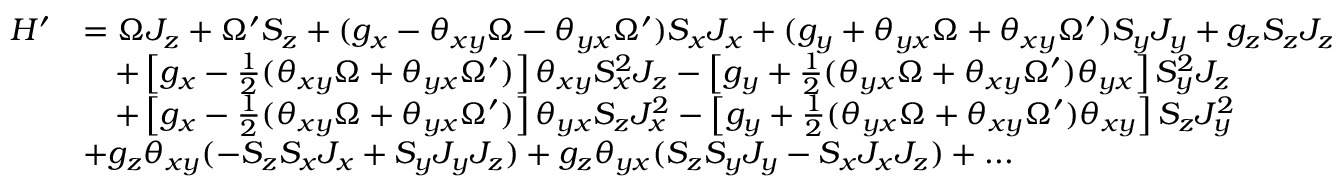
\begin{array} { r l } { H ^ { \prime } } & { = \Omega J _ { z } + \Omega ^ { \prime } S _ { z } + ( g _ { x } - \theta _ { x y } \Omega - \theta _ { y x } \Omega ^ { \prime } ) S _ { x } J _ { x } + ( g _ { y } + \theta _ { y x } \Omega + \theta _ { x y } \Omega ^ { \prime } ) S _ { y } J _ { y } + g _ { z } S _ { z } J _ { z } } \\ & { \quad + \left[ g _ { x } - \frac { 1 } { 2 } ( \theta _ { x y } \Omega + \theta _ { y x } \Omega ^ { \prime } ) \right] \theta _ { x y } S _ { x } ^ { 2 } J _ { z } - \left[ g _ { y } + \frac { 1 } { 2 } ( \theta _ { y x } \Omega + \theta _ { x y } \Omega ^ { \prime } ) \theta _ { y x } \right] S _ { y } ^ { 2 } J _ { z } } \\ & { \quad + \left[ g _ { x } - \frac { 1 } { 2 } ( \theta _ { x y } \Omega + \theta _ { y x } \Omega ^ { \prime } ) \right] \theta _ { y x } S _ { z } J _ { x } ^ { 2 } - \left[ g _ { y } + \frac { 1 } { 2 } ( \theta _ { y x } \Omega + \theta _ { x y } \Omega ^ { \prime } ) \theta _ { x y } \right] S _ { z } J _ { y } ^ { 2 } } \\ & { + g _ { z } \theta _ { x y } ( - S _ { z } S _ { x } J _ { x } + S _ { y } J _ { y } J _ { z } ) + g _ { z } \theta _ { y x } ( S _ { z } S _ { y } J _ { y } - S _ { x } J _ { x } J _ { z } ) + . . . } \end{array}